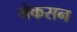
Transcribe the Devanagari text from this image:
मेकसन